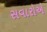
સવારોએ